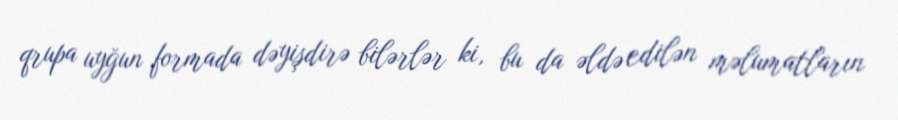
qrupa uyğun formada dəyişdirə bilərlər ki, bu da əldə edilən məlumatların